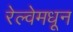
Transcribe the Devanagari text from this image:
रेल्वेमधून